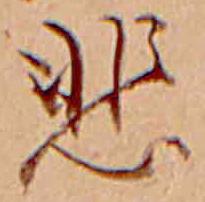
悲